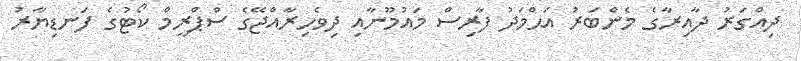
ދިއްގަރު ދާއިރާގެ މެންބަރު އަޙްމަދު ފާރިސް މައުމޫނާއި ދިވެހިރާއްޖޭގެ ސްޕްރީމް ކޯޓުގެ ފަނޑިޔާރު